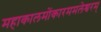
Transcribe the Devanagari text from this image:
महाकालमोंकारममलेश्वरम्